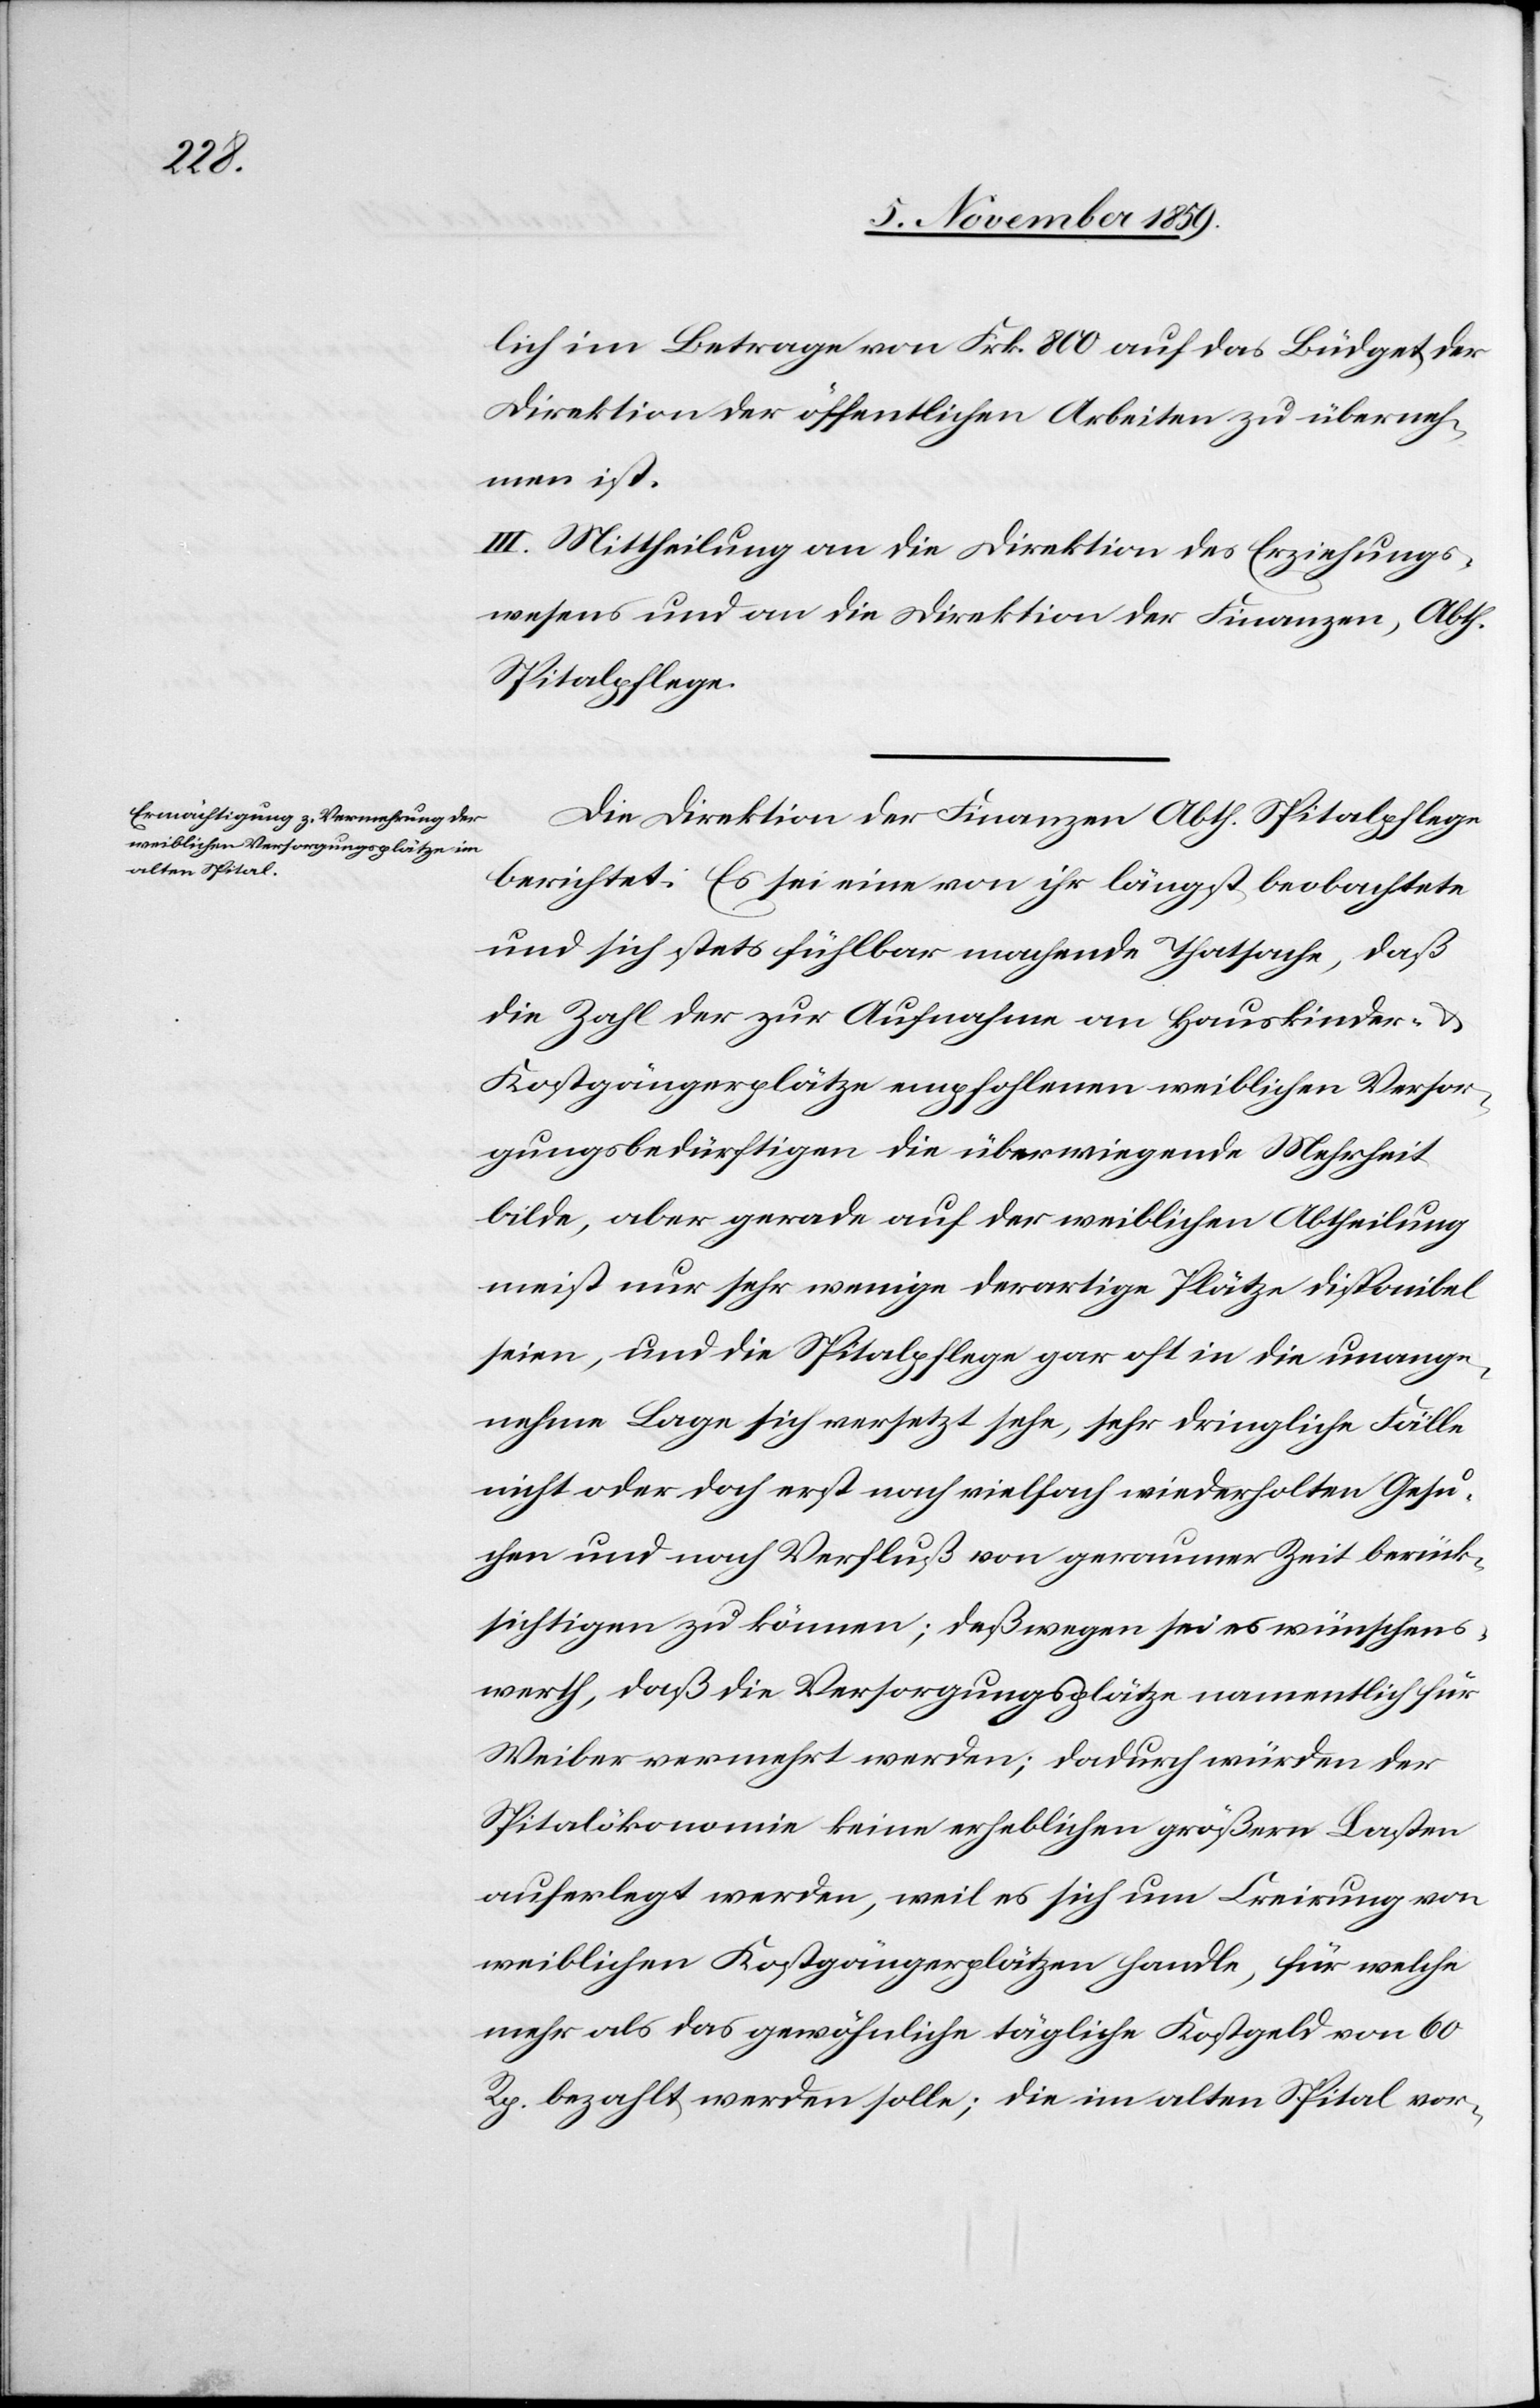
lich im Betrage von Frk. 800 auf das Büdget der
Direktion der öffentlichen Arbeiten zu überneh¬
men ist.
III. Mittheilung an die Direktion des Erziehungs¬
wesens und an die Direktion der Finanzen, Abth.
Spitalpflege.
Die Direktion der Finanzen Abth. Spitalpflege
berichtet: Es sei eine von ihr längst beobachtete
und sich stets fühlbar machende Thatsache, daß
die Zahl der zur Aufnahme an Hauskinder- &
Kostgängerplätze empfohlenen weiblichen Versor¬
gungsbedürftigen die überwiegende Mehrheit
bilde, aber gerade auf der weiblichen Abtheilung
meist nur sehr wenige derartige Plätze disponibel
seien, und die Spitalpflege gar oft in die unange¬
nehme Lage sich versetzt sehe, sehr dringliche Fälle
nicht oder doch erst nach vielfach wiederholten Gesu¬
chen und nach Verfluß von geraumer Zeit berück¬
sichtigen zu können; deßwegen sei es wünschens¬
werth, daß die Versorgungsplätze namentlich für
Weiber vermehrt werden, weil es sich um Creirung von
weiblichen Kostgängerplätzen handle, für welche
mehr als das gewöhnliche tägliche Kostgeld von 60
Rp. bezahlt werden solle; die im alten Spital vor-